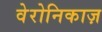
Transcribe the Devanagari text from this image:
वेरोनिकाज़